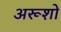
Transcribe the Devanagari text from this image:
अरूशो